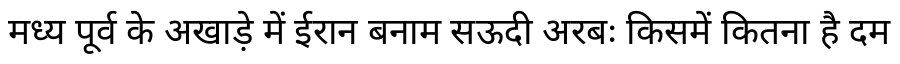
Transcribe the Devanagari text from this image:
मध्य पूर्व के अखाड़े में ईरान बनाम सऊदी अरबः किसमें कितना है दम